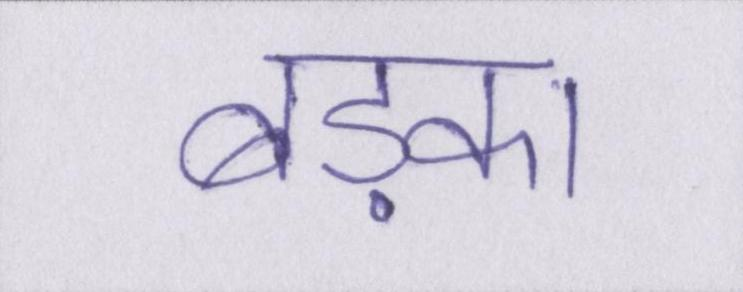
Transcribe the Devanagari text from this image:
बड़का